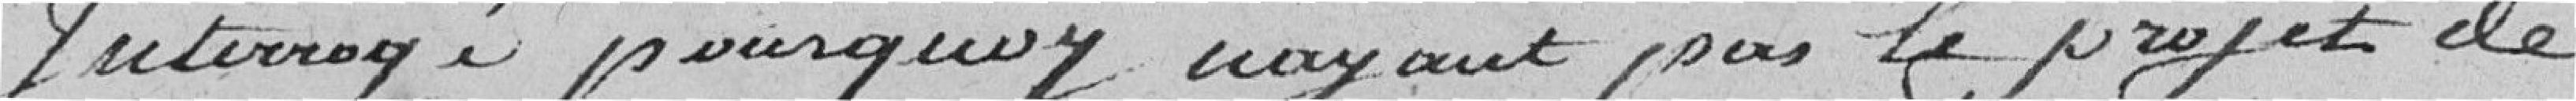
Interrogé pourquoi n'ayant pas le projet de